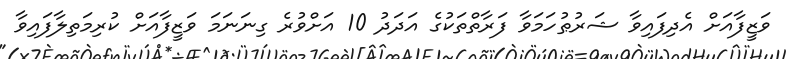
ވަޒީފާއަށް އެދިފައިވާ ޝަރުޠުހަމަވާ ފަރާތްތަކުގެ އަދަދު 10 އަށްވުރެ ގިނަނަމަ ވަޒީފާއަށް ކުރިމަތިލާފައިވާ